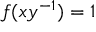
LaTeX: f ( x y ^ { - 1 } ) = 1